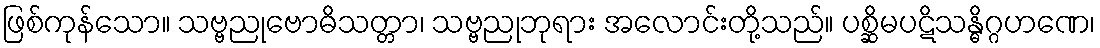
ဖြစ်ကုန်သော။ သဗ္ဗညုဗောဓိသတ္တာ၊ သဗ္ဗညုဘုရား အလောင်းတို့သည်။ ပစ္ဆိမပဋိသန္ဓိဂ္ဂဟဏေ၊